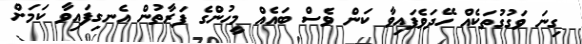
ގިނަ ވަގުގުތަކެއް ހޭދަވެފައިވާ ކަން ވެސް ބައެއް މީހުންގެ ފަރާތުން އެނގިފައިވާ ކަމަށް